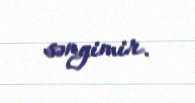
səngimir.